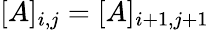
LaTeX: [A]_{i,j}=[A]_{i+1,j+1}